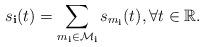
LaTeX: \begin{align*}s_\textbf{i}(t) = \sum\limits_{m_\textbf{i}\in\mathcal{M}_\textbf{i}}s_{m_\textbf{i}}(t), \forall t \in \mathbb{R}.\end{align*}